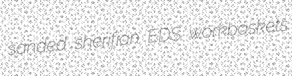
sanded sherifian EDS workbaskets